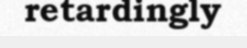
retardingly